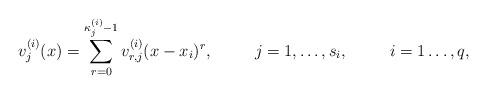
LaTeX: \begin{align*}v^{(i)}_j(x)&=\sum_{r=0}^{\kappa^{(i)}_j-1}v^{(i)}_{r,j}(x-x_i)^r, & j&=1,\dots,s_i,& i&=1\dots,q,\end{align*}